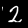
Digit: 2